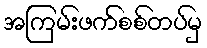
အကြမ်းဖက်စစ်တပ်မှ